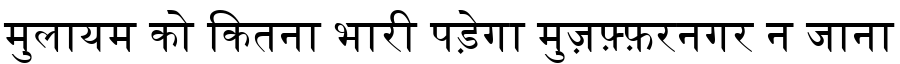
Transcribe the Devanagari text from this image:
मुलायम को कितना भारी पड़ेगा मुज़फ़्फ़रनगर न जाना